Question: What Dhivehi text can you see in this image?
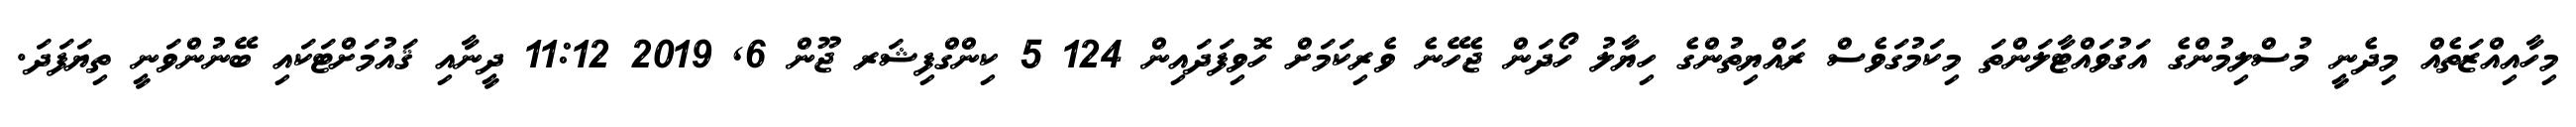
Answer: މިހާއިއްޒަތެއް މިދެނީ މުސްލިމުންގެ އަގުވައްޓާލަންތަ މިކަމުގަވެސް ރައްޔިތުންގެ ހިޔާލު ހޯދަން ޖެހޭނެ ވެރިކަމަށް ހޮވިފަދައިން 124 5 ކިންގްފިޝަރ ޖޫން 6, 2019 11:12 ދީނާއި ޤައުމަށްޓަކައި ބޭނުންވަނީ ތިޔަފަދަ.